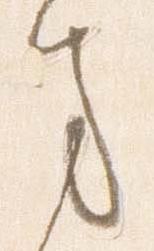
方